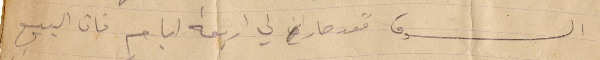
السوق فقد صار لي أربعة أيام فان البيع